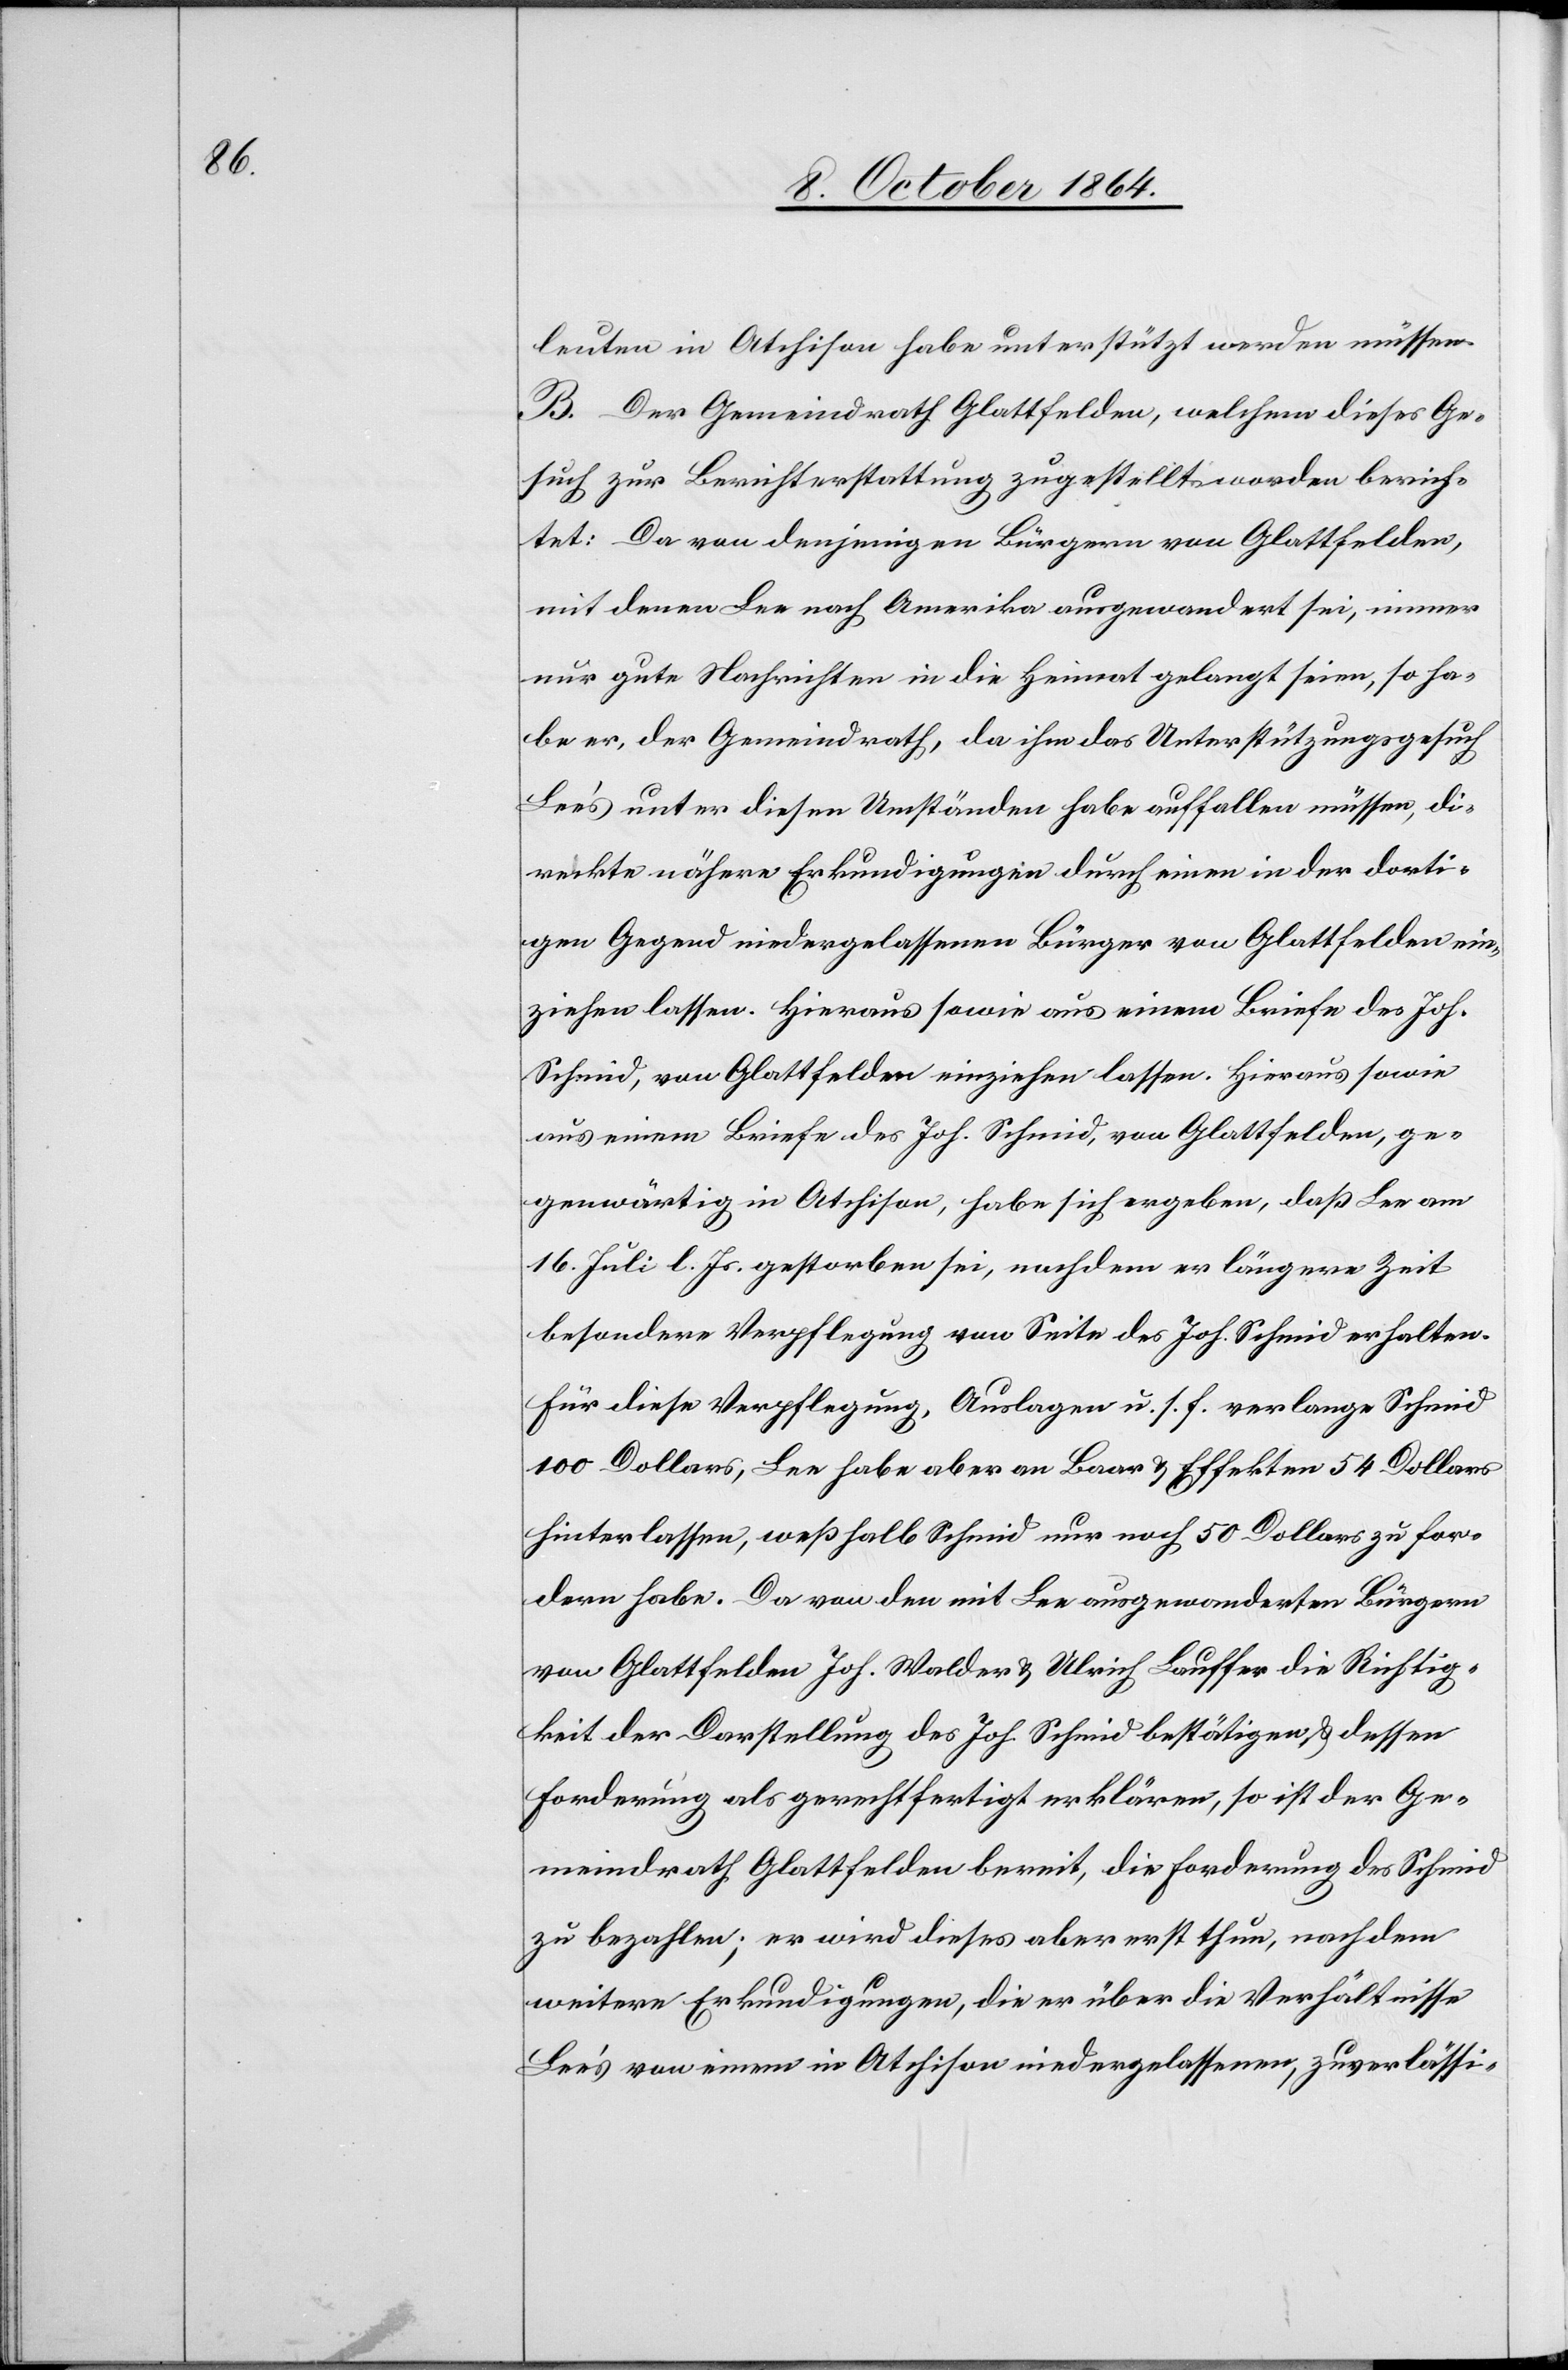
leuten in Atchison habe unterstützt werden müssen.
B. Der Gemeindrath Glattfelden, welchem dieses Ge¬
such zur Berichterstattung zugestellt worden berich¬
tet: Da von denjenigen Bürgern von Glattfelden,
mit denen Lee nach Amerika ausgewandert sei, immer
nur gute Nachrichten in die Heimat gelangt seinen, so ha¬
be er, der Gemeindrath, da ihm das Unterstützungsgesuch
Lee’s unter diesen Umständen habe auffallen müssen, di¬
rekte nähere Erkundigungen durch einen in der dorti¬
gen Gegend niedergelassenen Bürger von Glattfelden ein¬
ziehen lassen. Hieraus sowie aus einem Briefe des Joh.
Schmid, von Glattfelden einziehen lassen [sic!]. Hieraus sowie
aus einem Briefe des Joh. Schmid, von Glattfelden
gegenwärtig in Atchison, habe sich ergeben, daß Lee am
16. Juli l. Js. gestorben sei, nachdem er längere Zeit
besondere Verpflegung von Seite des Joh. Schmid erhalten.
Für diese Verpflegung, Auslagen u. s. f. verlange Schmid
100 Dollars, Lee habe aber an Baar & Effekten 54 Dollars
hinterlassen, weßhalb Schmid nur noch 50 Dollars zu for¬
dern habe. Da von den mit Lee ausgewanderten Bürgern
von Glattfelden Joh. Walder & Ulrich Lauffer die Richtig¬
keit der Darstellung des Joh. Schmid bestätigen & dessen
Forderung als gerechtfertigt erklären, so ist der Ge¬
meindrath Glattfelden bereit, die Forderung des Schmid
zu bezahlen; er wird dieses aber erst thun, nachdem
weitere Erkundigungen, die er über die Verhältnisse
Lee’s von einem in Atchison niedergelassenen, zuverlässi-